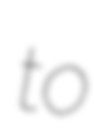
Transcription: to